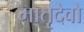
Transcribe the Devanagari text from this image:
मातृदेवो